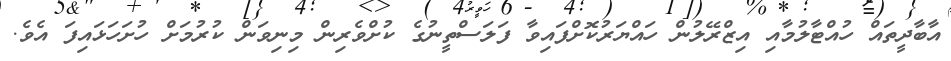
އާބާދީތައް ހުއްޓާލުމާއި އިޒްރޭލުން ހައްޔަރުކޮށްފައިވާ ފަލަސްތީނުގެ ކުށްވެރިން މިނިވަން ކުރުމަށް ހުށަހަޅައިފަ އެވެ.